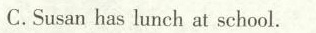
C.Susan has lunch at school.